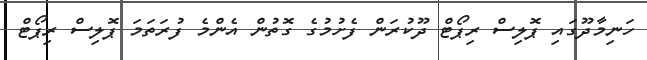
ހަނިމާދޫގައި ޕޮލިސް ރިޕޯޓް ދޫކުރަން ފެށުމުގެ ގޮތުން އެންމެ ފުރަތަމަ ޕޮލިސް ރިޕޯޓް